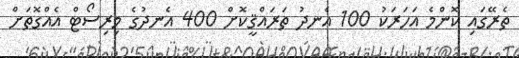
ތެރޭގައި ކޮންމެ އަހަރަކު 100 އެނދު ތަރައްޤީކޮށް 400 އެނދުގެ މިރިސޯޓް އެއްގޮތަށް